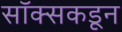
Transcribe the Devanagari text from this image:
सॉक्सकडून